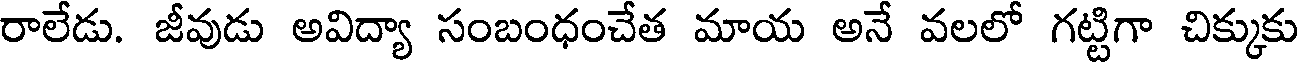
రాలేడు. జీవుడు అవిద్యా సంబంధంచేత మాయ అనే వలలో గట్టిగా చిక్కుకు